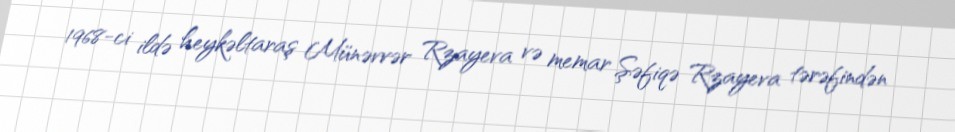
1968-ci ildə heykəltaraş Münəvvər Rzayeva və memar Şəfiqə Rzayeva tərəfindən